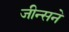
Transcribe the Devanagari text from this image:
जीन्सने